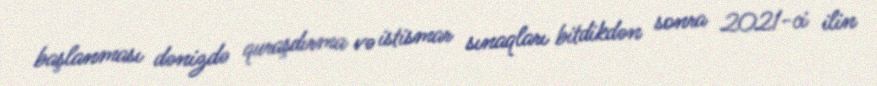
başlanması dənizdə quraşdırma və istismar sınaqları bitdikdən sonra 2021-ci ilin